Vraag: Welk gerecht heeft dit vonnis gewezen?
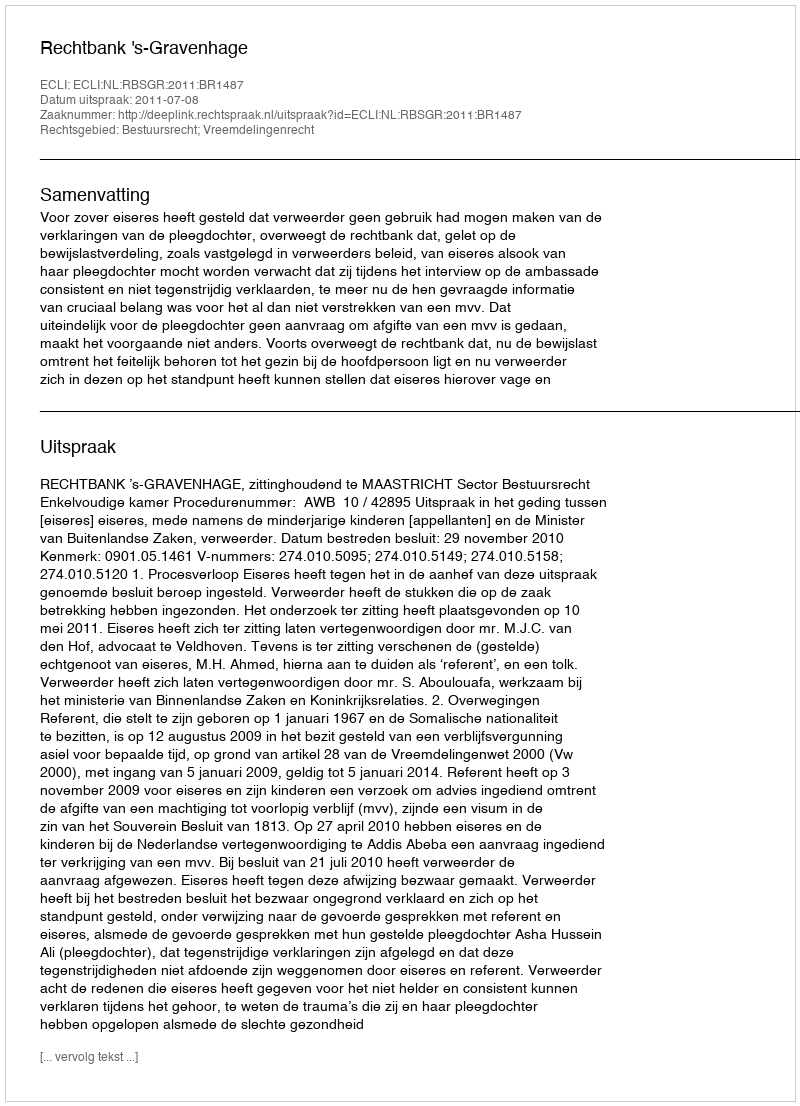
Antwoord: Rechtbank 's-Gravenhage